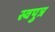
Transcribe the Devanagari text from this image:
स्वपुत्र